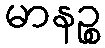
မာနဉ္စ